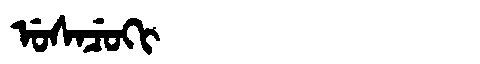
Manchu: ᡠᠰᠠᠴᡠᡴᡳ
Romanization: USACUKI